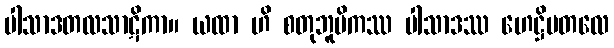
ပါသာဒတလသာဋိကာ။ ယထာ ဟိ စတုဘူမိကဿ ပါသာဒဿ ဟေဋ္ဌိမတလေ